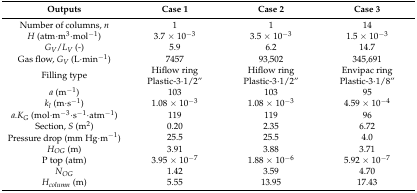
<table><thead><tr><td><b>Outputs</b></td><td><b>Case 1</b></td><td><b>Case 2</b></td><td><b>Case 3</b></td></tr></thead><tbody><tr><td>Number of columns, <i>n</i></td><td>1</td><td>1</td><td>14</td></tr><tr><td><i>H</i> (atm·m<sup>3</sup>·mol<sup>−1</sup>) </td><td>3.7 × 10<sup>−3</sup></td><td>3.5 × 10<sup>−3</sup></td><td>1.5 × 10<sup>−3</sup></td></tr><tr><td><i>G<sub>V</sub></i>/<i>L<sub>V</sub></i> (-)</td><td>5.9</td><td>6.2</td><td>14.7</td></tr><tr><td>Gas flow, <i>G<sub>V</sub></i> (L·min<sup>−1</sup>)</td><td>7457</td><td>93,502</td><td>345,691</td></tr><tr><td>Filling type</td><td>Hiflow ringPlastic-3·1/2”</td><td>Hiflow ringPlastic-3·1/2”</td><td>Envipac ringPlastic-3·1/8”</td></tr><tr><td><i>a</i> (m<sup>−1</sup>)</td><td>103</td><td>103</td><td>95</td></tr><tr><td><i>k<sub>l</sub></i> (m·s<sup>−1</sup>)</td><td>1.08 × 10<sup>−3</sup></td><td>1.08 × 10<sup>−3</sup></td><td>4.59 × 10<sup>−4</sup></td></tr><tr><td><i>a.K<sub>G</sub></i> (mol·m<sup>−3</sup>·s<sup>−1</sup>·atm<sup>−1</sup>)</td><td>119</td><td>119</td><td>96</td></tr><tr><td>Section, <i>S</i> (m<sup>2</sup>)</td><td>0.20</td><td>2.35</td><td>6.72</td></tr><tr><td>Pressure drop (mm Hg·m<sup>−1</sup>)</td><td>25.5</td><td>25.5</td><td>4.0</td></tr><tr><td><i>H<sub>OG</sub></i> (m)</td><td>3.91</td><td>3.88</td><td>3.71</td></tr><tr><td>P top (atm)</td><td>3.95 × 10<sup>−7</sup></td><td>1.88 × 10<sup>−6</sup></td><td>5.92 × 10<sup>−7</sup></td></tr><tr><td><i>N<sub>OG</sub></i></td><td>1.42</td><td>3.59</td><td>4.70</td></tr><tr><td><i>H<sub>column</sub></i>(m)</td><td>5.55</td><td>13.95</td><td>17.43</td></tr></tbody></table>